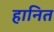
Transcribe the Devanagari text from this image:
हानित